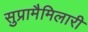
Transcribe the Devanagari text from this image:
सुप्रामैमिलारी